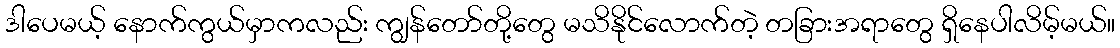
ဒါပေမယ့် နောက်ကွယ်မှာကလည်း ကျွန်တော်တို့တွေ မသိနိုင်လောက်တဲ့ တခြားအရာတွေ ရှိနေပါလိမ့်မယ်။